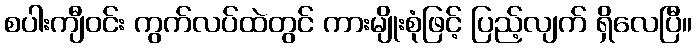
စပါးကျီဝင်း ကွက်လပ်ထဲတွင် ကားမျိုးစုံဖြင့် ပြည့်လျက် ရှိလေပြီ။